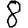
Digit: 8